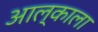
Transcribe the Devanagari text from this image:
आल्काला